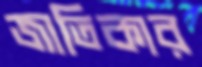
জাতিকার